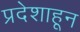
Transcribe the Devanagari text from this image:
प्रदेशाहून